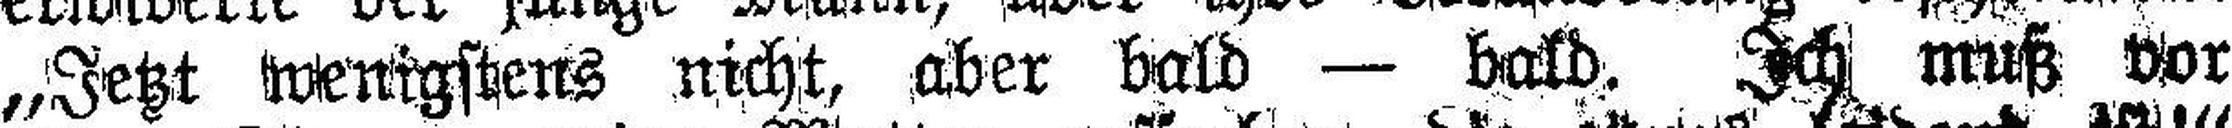
„Jetzt wenigstens nicht, aber bald — bald. Ich muß vor